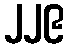
၂၂၉